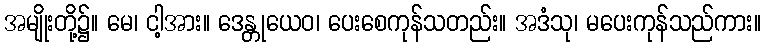
အမျိုးတို့၌။ မေ၊ ငါ့အား။ ဒေန္တုယေဝ၊ ပေးစေကုန်သတည်း။ အဒံသု၊ မပေးကုန်သည်ကား။